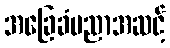
အခြေခံပညာအဆင့်